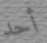
أحد